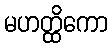
မဟတ္ထိကော